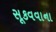
સૂકવવાના